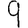
Digit: 9